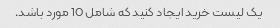
یک لیست خرید ایجاد کنید که شامل 10 مورد باشد.